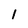
Character: 1